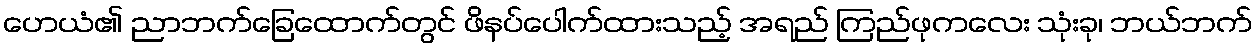
ဟေယံ၏ ညာဘက်ခြေထောက်တွင် ဖိနပ်ပေါက်ထားသည့် အရည် ကြည်ဖုကလေး သုံးခု၊ ဘယ်ဘက်